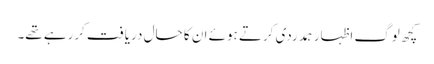
کچھ لوگ اظہار ہمدردی کرتے ہوئے ان کا حال دریافت کررہے تھے۔